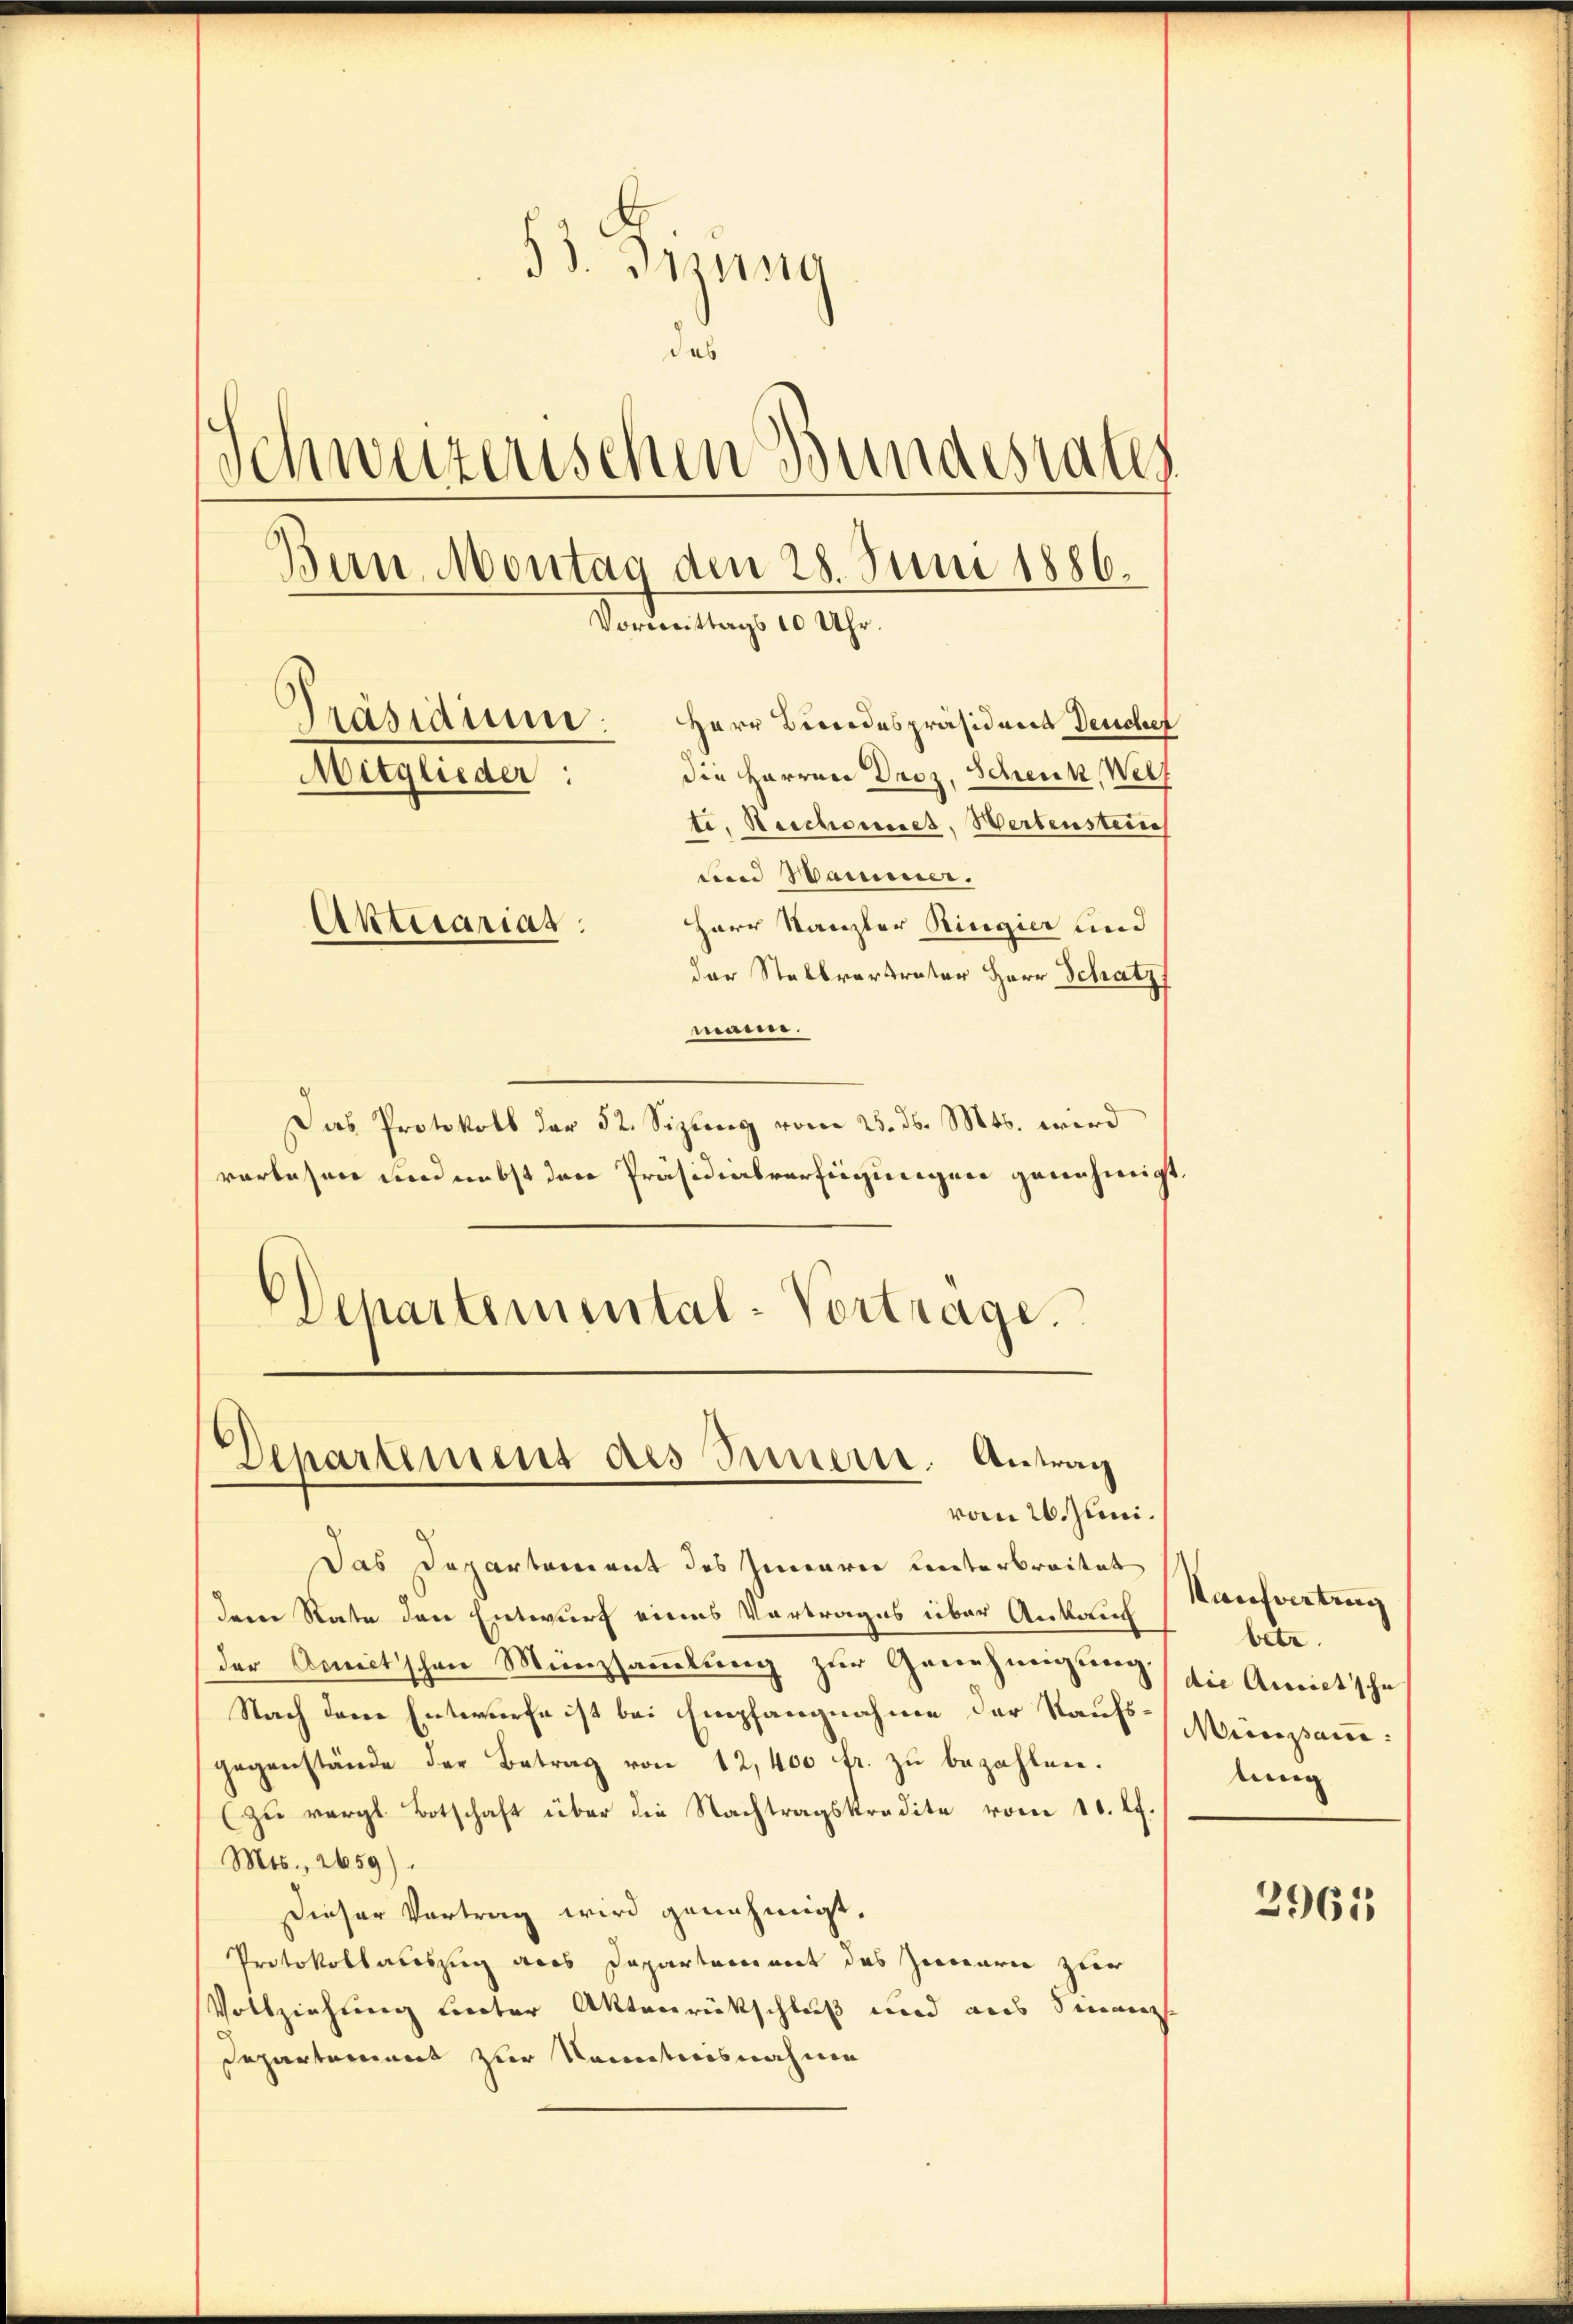
93. Jung
das
Schweizerischen Bundesrates
Ban Montag den 28. Juni 1886.
Vormittags 10 Uhr.
Präsidium.
Herr Licendespräsidenes Teuchel
die Harren Droz, Scheuk, Welf
Mitglieder:
te, Reichennet, Wertenstein
und Marier.
Harr Kanzler Ringier und
Aktuariat
der Stallvertreter Herr Schatz

manne.
Das Protokoll der 52. Sizung vom 25. ds. Mts. wird
verlesen und nebst den Präsidialverfügungen genehmigt.
Schartemental-Vortrage.
Departement des Innern. Antrag
vom 26. Juni.
Das Departement des Inneren unterbreitet
derer Rate den Entwurf eines Vortrages über Ankauch
der Annitschen Münzsammlung zur Genehmigung die Anriet'sche
Nach dem Entwurfe ist bei Empfangnahme der Kaufsgegenstände der Betrag von 12,400 fr. zu bezahlen.
(zu vergl. Botschaft über die Nachtragskredite vom 10. l.
Mts., 2659).
Dieser Vortrag wird genehmigt,
Protokollauszug aus Departerrent des Zwarie zur
Vollziehung unter Aktenrückschluß und aus Finanz
Departement zur Kenntnisnahme

Kaufvertrag
betr.
Minsam.
tung

2961